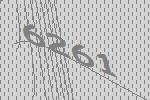
6261